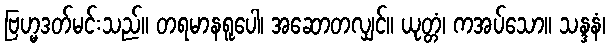
ဗြဟ္မဒတ်မင်းသည်။ တရမာနရူပေါ၊ အဆောတလျှင်။ ယုတ္တံ၊ ကအပ်သော။ သန္ဒနံ၊